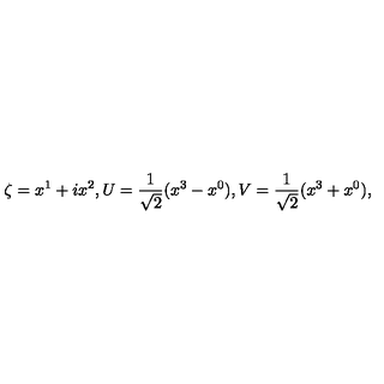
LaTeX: \zeta = x ^ { 1 } + i x ^ { 2 } , { U } = \frac { 1 } { \sqrt { 2 } } ( x ^ { 3 } - x ^ { 0 } ) , { V } = \frac { 1 } { \sqrt { 2 } } ( x ^ { 3 } + x ^ { 0 } ) ,